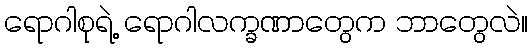
ရောဂါစုရဲ့ ရောဂါလက္ခဏာတွေက ဘာတွေလဲ။